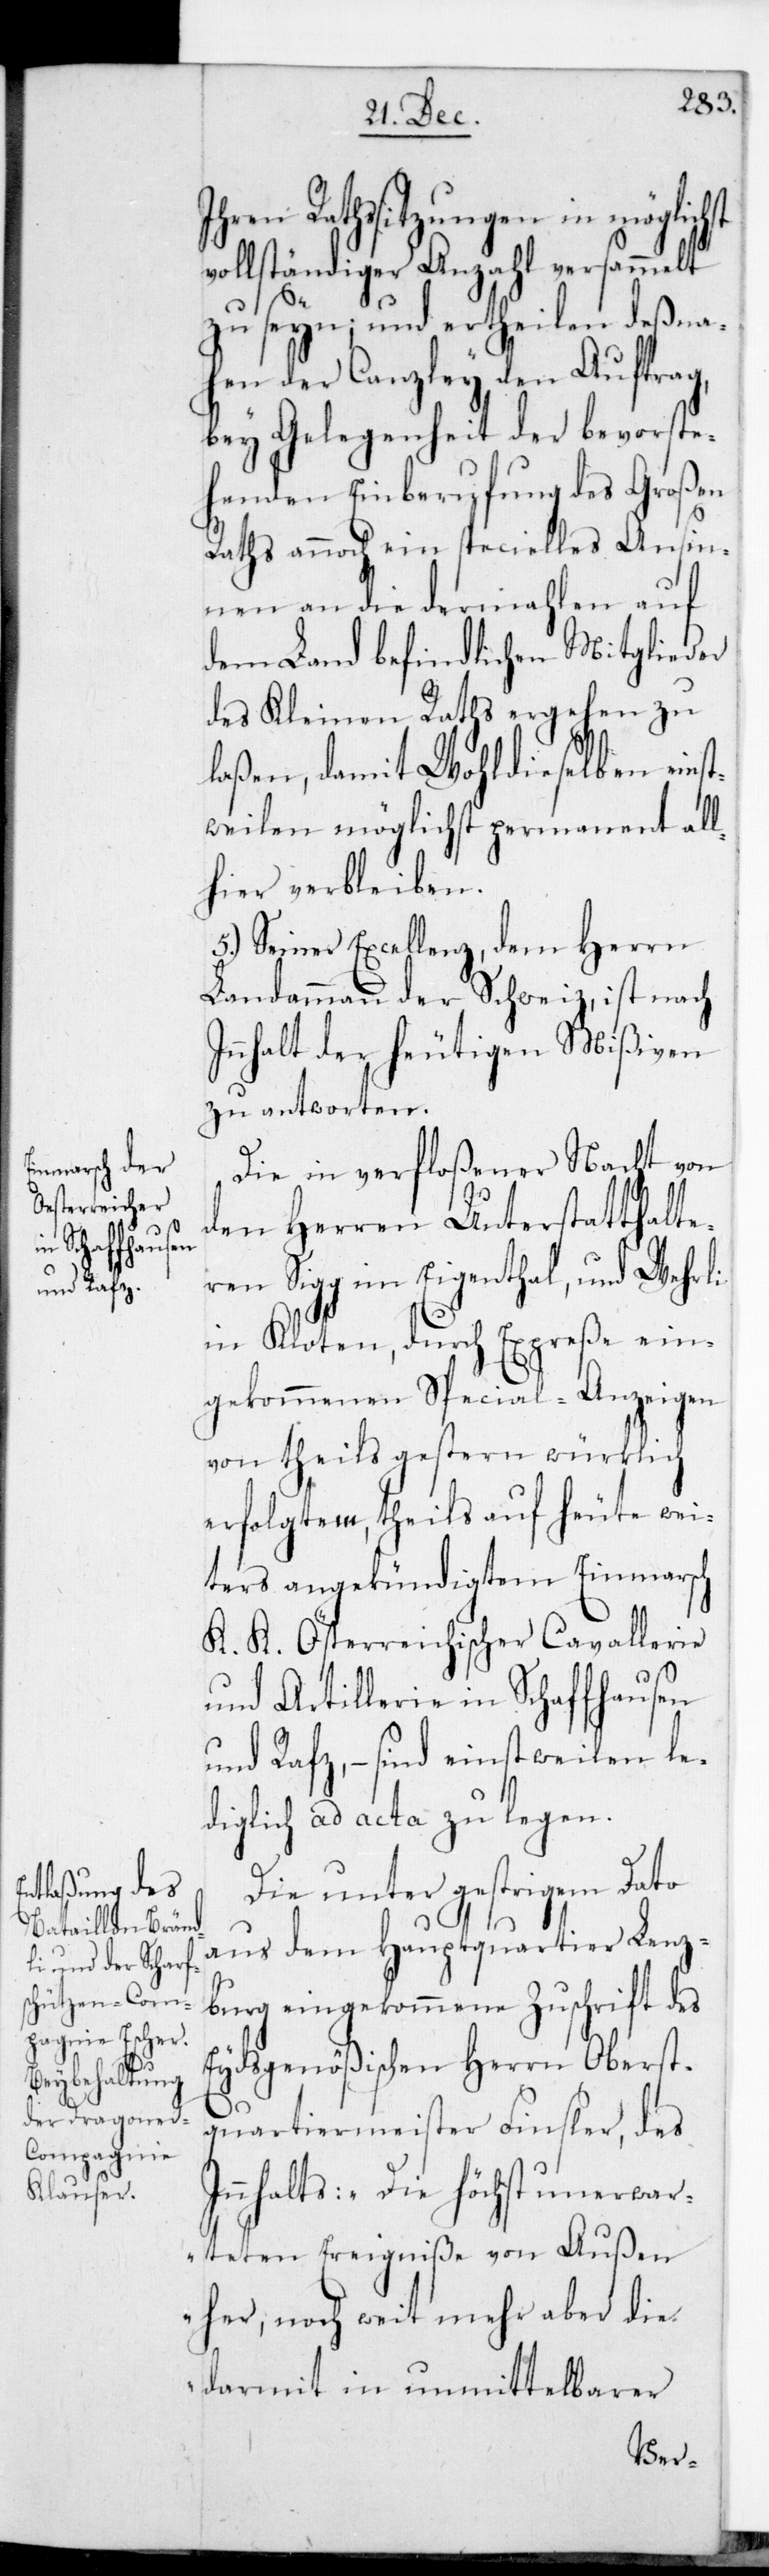
chst

Ihren Rathssitzungen in mögli¬
vollständiger Anzahl versammelt
zu seyn, und ertheilen desna¬
hen der Canzley den Auftrag,
bey Gelegenheit der bevorste¬
henden Einberufung des Großen
Raths annoch ein specielles Ansin¬
nen an die dermahlen auf
dem Land befindlichen Mitglieder
des Kleinen Raths ergehen zu
laßen, damit Wohldieselben einst¬
weilen möglichst permanent all¬
hier verbleiben.
5.) Seiner Excellenz dem Herrn
Landammann der Schweiz ist nach
Innhalt der heutigen Mißiven
zu antworten.
Die in verfloßener Nacht von
den Herren Unterstatthalte¬
ren Sigg im Eigenthal, und Wehrli
in Kloten, durch Expreße ein¬
gekommenen Special-Anzeigen
von theils gestern würklich
erfolgtem, theils auf heute wei¬
ters angekündigtem Einmarsch
K. K. Österreichischer Cavallerie
und Artillerie in Schaffhausen
und Rafz, – sind einstweilen le¬
diglich ad acta zu legen.
Die unterm gestrigen Dato
aus dem Hauptquartier Lenz¬
burg eingekommene Zuschrift des
Eydsgenößischen Herrn Oberst¬
quartiermeister Finsler, des
Innhalts: „Die höchst unerwar¬
teten Ereigniße von Außen
her, noch weit mehr aber die
darmit in unmittelbarer